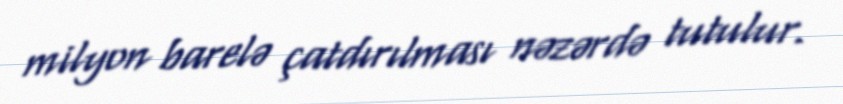
milyon barelə çatdırılması nəzərdə tutulur.